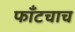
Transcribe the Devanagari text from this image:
फाँटचाच